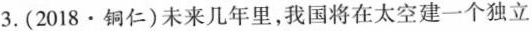
3.(2018\cdot 铜仁)未来几年里，我国将在太空建一个独立